Leaving Certificate Examination (including Day School Certificate (Higher) General paper), 1932
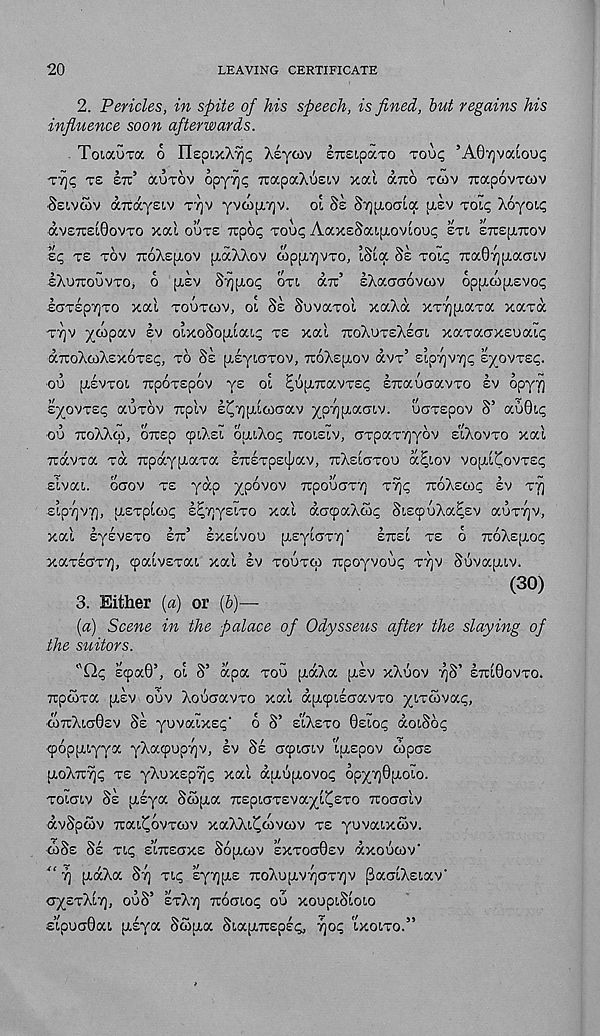
20
LEAVING CERTIFICATE
2. Pericles, in spite of his speech, is fined, but regains his
influence soon afterwards.
Toiauxoc 6
’hiyoiv STcsipocTO Toup 5 A07]vodoui;
TT)I; TS OT’ auTOV opy/jq TtapaX^siv xai dno rtov Trocpovvcov
Ssivcov aTtaysiv TTJV yvcopiTjv. oi 8k SyjpLOGia [rev roiq X6yo!.i;
av£7TSL0ovTo xai OUTE irpop roup AaxsScapumoup STl ETTEpiTrOV
zc, TE TOV TTOXEJAOV piaXXov wp[T7)VTO, tSia 8k Toip Tca07][xacrLV
SXUTIOUVTO, 6 [LEV S^[xo<; OTL arc’ IXacraovcov 6pfjicop,Evo<;
.ECT£p7]To xal TOUTCOV, oi 8k SUVOCTOI xaXa XT7]p.aTa xaxa
T7)v ^copav EV oixoSopiiaip TE xai TTOXCTEXECTI. xaTacrxEuaip
aTroXcoXEXOTEp, TO 8k fjlEyLOTOV, TTOXE^LOV aVT 5 ELpTJVTjp £yOVTE(;.
■ 00 pLEVTOL TUpOTEpOV YE OL ^UpLTtaVTEp STTaUOaVTO EV OpyT]
syovTsp auTov Ttpiv E^yjpLLcooav ypypLaoiv. uoTEpov S’ au0ip
oo TTOXXCO, OTtsp cpiXsi opuXop TCOLELV, OTpaTTjyov ELXOVTO xai
TiavTa Ta TcpaypiaTa ETUETpELpav, TTXELOTOU a^Lov VO[XL^OVT£<;
■ ELVaL. OOOV TE yap ypOVOV TTpOUOT'/] T7jp TZoXeaq EV TV)
■ ELpTJVT], [LETpLCOp £^7]y£LT0 Xal aOCpaXtOp SlEtpuXa^EV aOTTJV,
xai EyEVETO ETC’ EXELVOO pLEyiOTT]'
ETCEL TE 6 TCoXspLOp
xaTEOTT], cpaivETaL xai sv TOUTCO TCpoyvoup TT]V Suvapuv.
(30)
3. Either (a) or (b)—
(a) Scene in the palace of Odysseus after the slaying of
the suitors.
"Qp Ecpa0’, OL S’ apa TOO fxaXa pisv xXoov ^S’ ETCL0OVTO.
TCparra [LEV OOV XoooavTo xai apLcpLsoavTO yLTcSvap,
■ WTCXLO0EV SE yovaLxsp' 6 S’ ELXETO 0ELOI; doLSop
(poppLLyya yXatpopyjv, EV SE O^LOLV 'iaspov copoE
PLOXTC% TE yXoxspTji; xai daopLovo^ 6py7)0pLOLo.
TOLOLV SE pLEya SaipLa TCEpLOTEvayi^ETO TCOOO'LV
dvSpoov TCaL^ovTcov xaXXL^covcov TE yovaLxwv.
obSs SE TLI; E’LTCEOXE SopLtov EXTOOOEV dxoocov'
“ 7] pidXa ST) TLp EyyjpLE TCoXopLV7]OT7]v j3aoLXELav'
O^STXLT], OOS’ ETXT] TCOOLO<; OO XOOPLSLOLO
E’ipoaOaL pLEya Scopia SLapiTCspE^ TJO^ LXOLTO.”